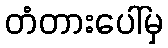
တံတားပေါ်မှ